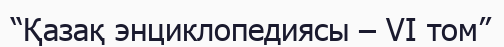
“Қазақ энциклопедиясы – VI том”